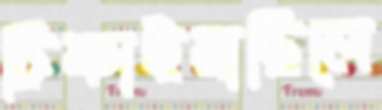
টিকাইয়াছিলে